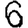
Digit: 6